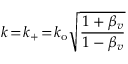
k \! = \! k _ { + } \! = \! k _ { \mathrm { o } } \sqrt { \frac { 1 + \beta _ { v } } { 1 - \beta _ { v } } }